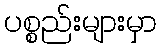
ပစ္စည်းများမှာ